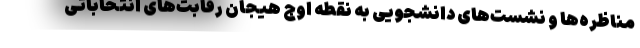
مناظره‌ها و نشست‌های دانشجویی به نقطه اوج هیجان رقابت‌های انتخاباتی